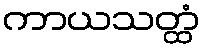
ကာယသတ္ထံ